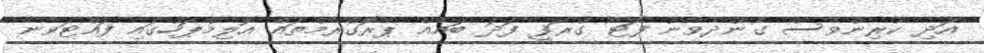
އަދި ކުރިންވެސް ގެންދެވުނު ފޮޓޯ ގްރަފީ ފަދަ ބައެއް ޕްރޮގްރާމްތައް އޮލިމްޕަހުގައި ފައްޓަވާނެ